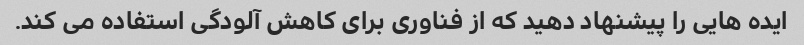
ایده هایی را پیشنهاد دهید که از فناوری برای کاهش آلودگی استفاده می کند.